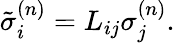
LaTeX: \tilde{\sigma}_{i}^{(n)}=L_{ij}\sigma_{j}^{(n)}.